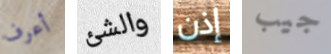
أعرف والشئ إذن جيب